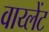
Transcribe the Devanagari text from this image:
वाय्लेंट